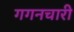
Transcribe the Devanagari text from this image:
गगनचारी